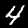
Digit: 4